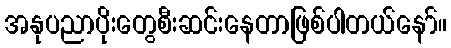
အနုပညာပိုးတွေစီးဆင်းနေတာဖြစ်ပါတယ်နော်။